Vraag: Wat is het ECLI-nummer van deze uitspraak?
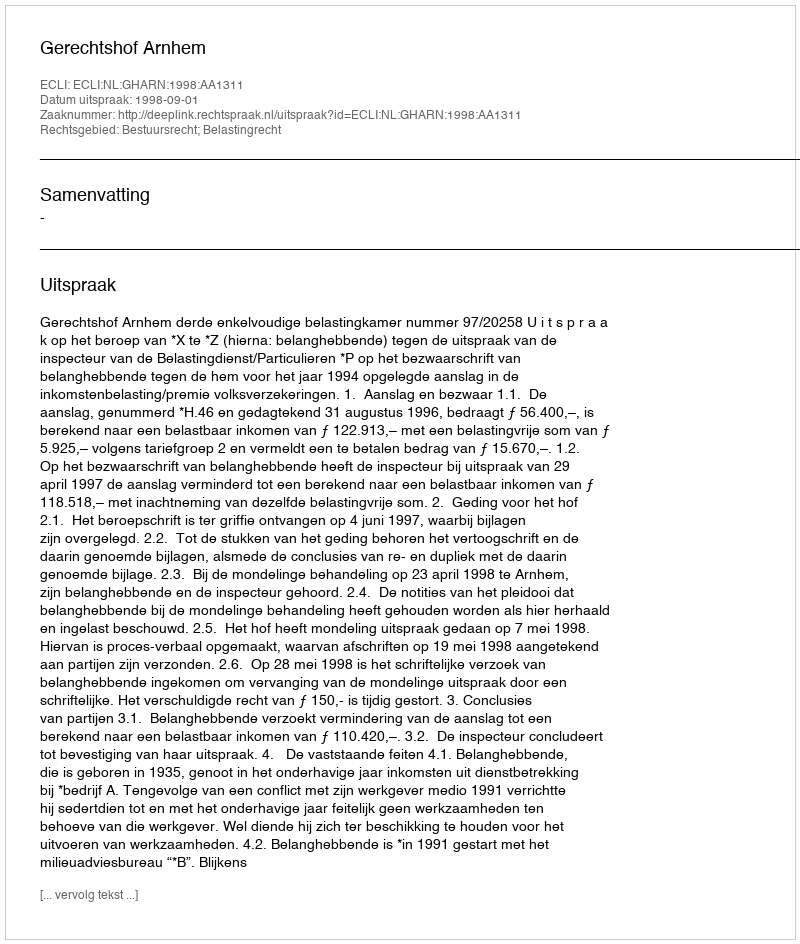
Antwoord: ECLI:NL:GHARN:1998:AA1311